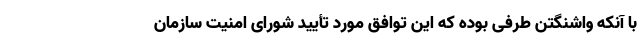
با آنکه واشنگتن طرفی بوده که این توافق مورد تأیید شورای امنیت سازمان